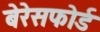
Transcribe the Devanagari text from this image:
बेरेसफोर्ड